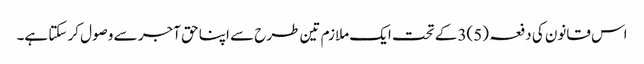
اس قانون کی دفعہ (5)3 کے تحت ایک ملازم تین طرح سے اپنا حق آجر سے وصول کر سکتا ہے۔